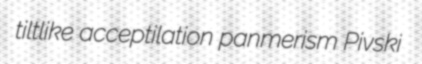
tiltlike acceptilation panmerism Pivski